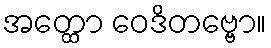
အတ္ထော ဝေဒိတဗ္ဗော။